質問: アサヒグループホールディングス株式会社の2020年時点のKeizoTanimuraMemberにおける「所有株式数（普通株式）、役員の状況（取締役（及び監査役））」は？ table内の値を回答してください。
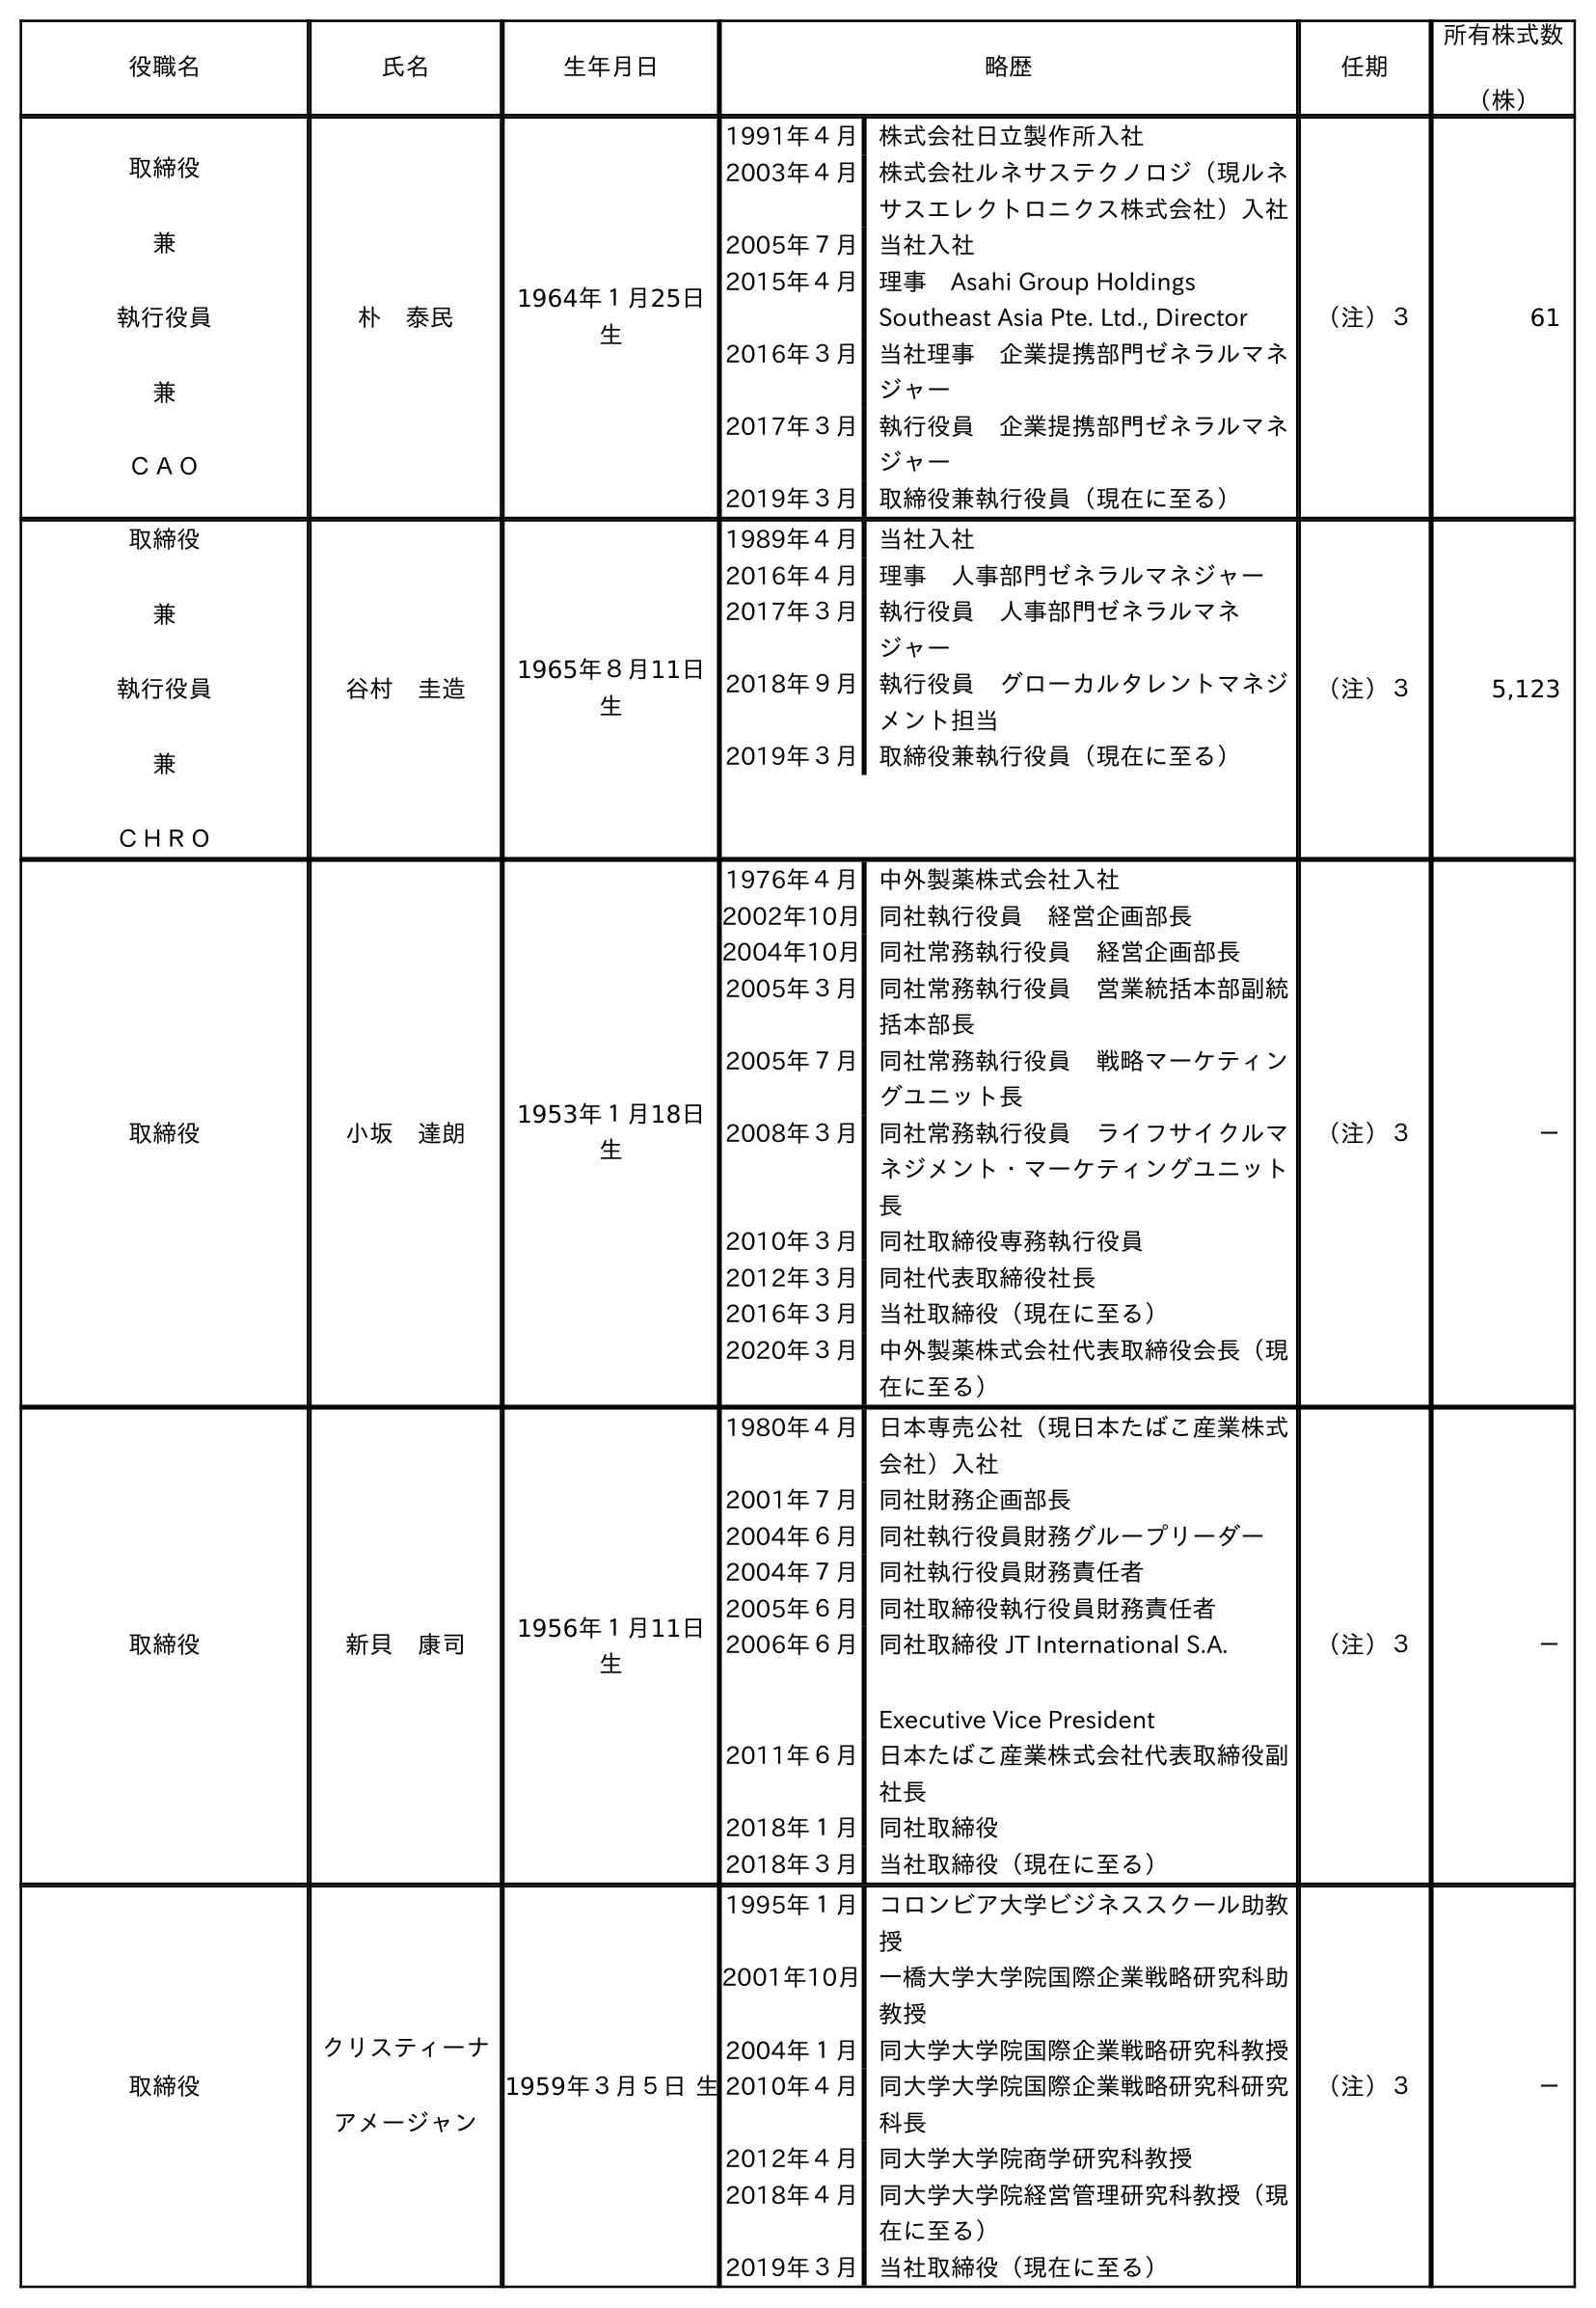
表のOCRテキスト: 役職名 氏名 生年月日 略歴 任期 所有株式数 （株） 取締役 兼 執行役員 兼 ＣＡＯ 朴 泰民 1964年１月25日 生 1991年４月 株式会社日立製作所入社 2003年４月 株式会社ルネサステクノロジ（現ルネ サスエレクトロニクス株式会社）入社 2005年７月 当社入社 2015年４月 理事 Asahi Group Holdings Southeast Asia Pte. Ltd., Director 2016年３月 当社理事 企業提携部門ゼネラルマネ ジャー 2017年３月 執行役員 企業提携部門ゼネラルマネ ジャー 2019年３月 取締役兼執行役員（現在に至る） （注）３ 61 取締役 兼 執行役員 兼 ＣＨＲＯ 谷村 圭造 1965年８月11日 生 1989年４月 当社入社 2016年４月 理事 人事部門ゼネラルマネジャー 2017年３月 執行役員 人事部門ゼネラルマネ ジャー 2018年９月 執行役員 グローカルタレントマネジ メント担当 2019年３月 取締役兼執行役員（現在に至る） （注）３ 5,123 取締役 小坂 達朗 1953年１月18日 生 1976年４月 中外製薬株式会社入社 2002年10月同社執行役員 経営企画部長 2004年10月同社常務執行役員 経営企画部長 2005年３月 同社常務執行役員 営業統括本部副統 括本部長 2005年７月 同社常務執行役員 戦略マーケティン グユニット長 2008年３月 同社常務執行役員 ライフサイクルマ ネジメント・マーケティングユニット 長 2010年３月 同社取締役専務執行役員 2012年３月 同社代表取締役社長 2016年３月 当社取締役（現在に至る） 2020年３月 中外製薬株式会社代表取締役会長（現 在に至る） （注）３ － 取締役 新貝 康司 1956年１月11日 生 1980年４月 日本専売公社（現日本たばこ産業株式 会社）入社 2001年７月 同社財務企画部長 2004年６月 同社執行役員財務グループリーダー 2004年７月 同社執行役員財務責任者 2005年６月 同社取締役執行役員財務責任者 2006年６月 同社取締役 JT International S.A. Executive Vice President 2011年６月 日本たばこ産業株式会社代表取締役副 社長 2018年１月 同社取締役 2018年３月 当社取締役（現在に至る） （注）３ － 取締役 クリスティーナ アメージャン 1959年３月５日 生 1995年１月 コロンビア大学ビジネススクール助教 授 2001年10月一橋大学大学院国際企業戦略研究科助 教授 2004年１月 同大学大学院国際企業戦略研究科教授 2010年４月 同大学大学院国際企業戦略研究科研究 科長 2012年４月 同大学大学院商学研究科教授 2018年４月 同大学大学院経営管理研究科教授（現 在に至る） 2019年３月 当社取締役（現在に至る） （注）３ －
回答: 5,123